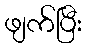
ဖျက်ပြီး